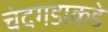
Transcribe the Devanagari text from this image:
चंदगडाकडे